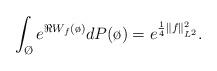
LaTeX: \begin{align*}\int_{\O} e^{\Re W_f(\o)} dP(\o)= e^{\frac{1}{4}\|f\|_{L^2}^2}.\end{align*}